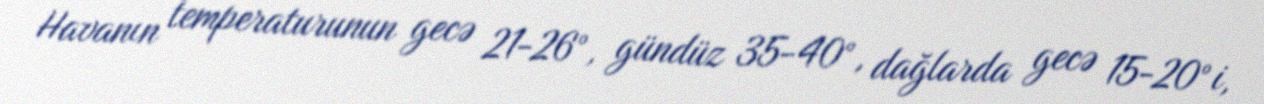
Havanın temperaturunun gecə 21-26°, gündüz 35-40°, dağlarda gecə 15-20°i,